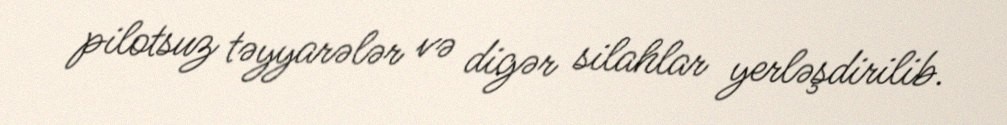
pilotsuz təyyarələr və digər silahlar yerləşdirilib.